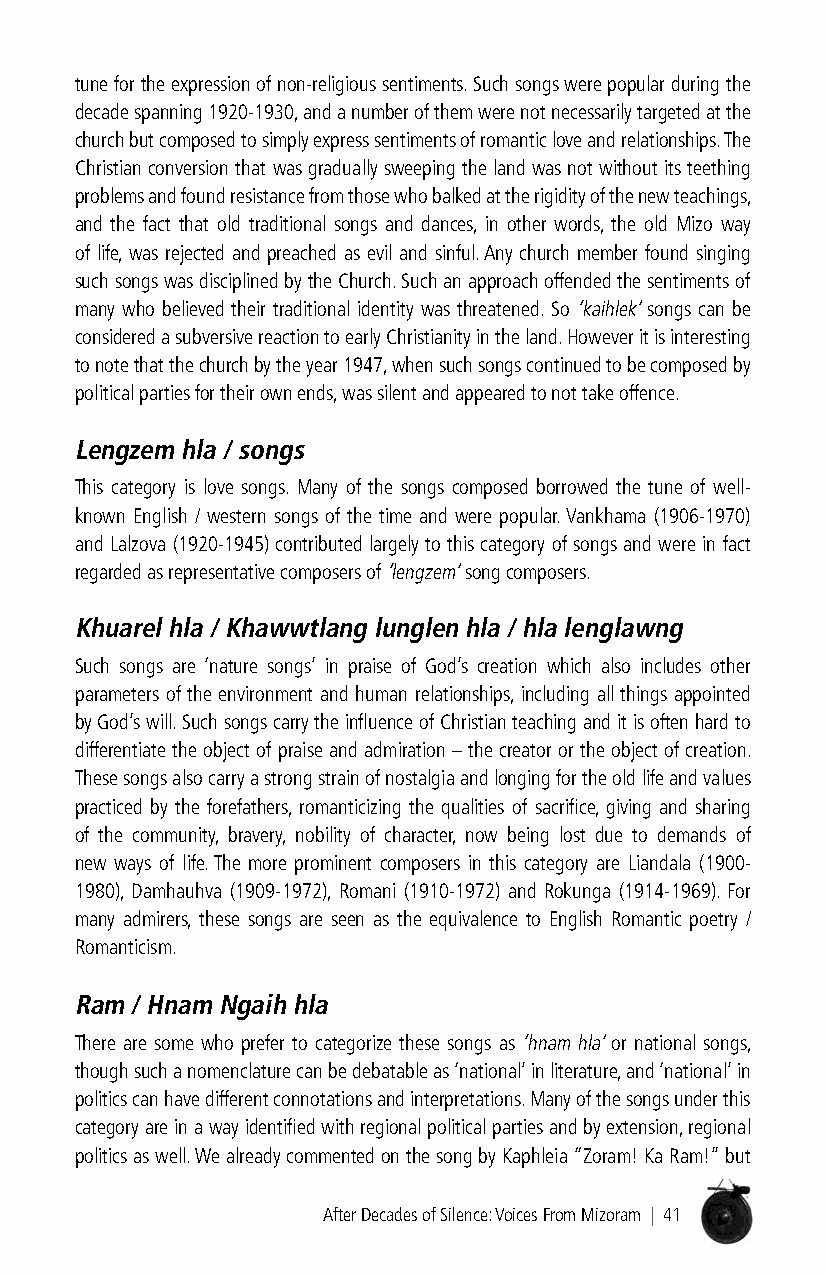
tune for the expression of non-religious sentiments. Such songs were popular during the
 decade spanning 1920-1930, and a number of them were not necessarily targeted at the
 church but composed to simply express sentiments of romantic love and relationships. The
 Christian conversion that was gradually sweeping the land was not without its teething
 problems and found resistance from those who balked at the rigidity of the new teachings,
 and the fact that old traditional songs and dances, in other words, the old Mizo way
 of life, was rejected and preached as evil and sinful. Any church member found singing
 such songs was disciplined by the Church. Such an approach offended the sentiments of
 many who believed their traditional identity was threatened. So ‘kaihlek’ songs can be
 considered a subversive reaction to early Christianity in the land. However it is interesting
 to note that the church by the year 1947, when such songs continued to be composed by
 political parties for their own ends, was silent and appeared to not take offence.
 lengzem hla / songs
 This category is love songs. Many of the songs composed borrowed the tune of well-
 known English / western songs of the time and were popular. Vankhama (1906-1970)
 and Lalzova (1920-1945) contributed largely to this category of songs and were in fact
 regarded as representative composers of ‘lengzem’ song composers.
 Khuarel hla / Khawwtlang lunglen hla / hla lenglawng
 Such songs are ‘nature songs’ in praise of God’s creation which also includes other
 parameters of the environment and human relationships, including all things appointed
 by God’s will. Such songs carry the influence of Christian teaching and it is often hard to
 differentiate the object of praise and admiration – the creator or the object of creation.
 These songs also carry a strong strain of nostalgia and longing for the old life and values
 practiced by the forefathers, romanticizing the qualities of sacrifice, giving and sharing
 of the community, bravery, nobility of character, now being lost due to demands of
 new ways of life. The more prominent composers in this category are Liandala (1900-
 1980), Damhauhva (1909-1972), Romani (1910-1972) and Rokunga (1914-1969). For
 many admirers, these songs are seen as the equivalence to English Romantic poetry /
 Romanticism.
 ram / Hnam ngaih hla
 There are some who prefer to categorize these songs as ‘hnam hla’ or national songs,
 though such a nomenclature can be debatable as ‘national’ in literature, and ‘national’ in
 politics can have different connotations and interpretations. Many of the songs under this
 category are in a way identified with regional political parties and by extension, regional
 politics as well. We already commented on the song by Kaphleia “Zoram! Ka Ram!” but
 After Decades of Silence: Voices From Mizoram | 41